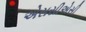
એસસીએસી